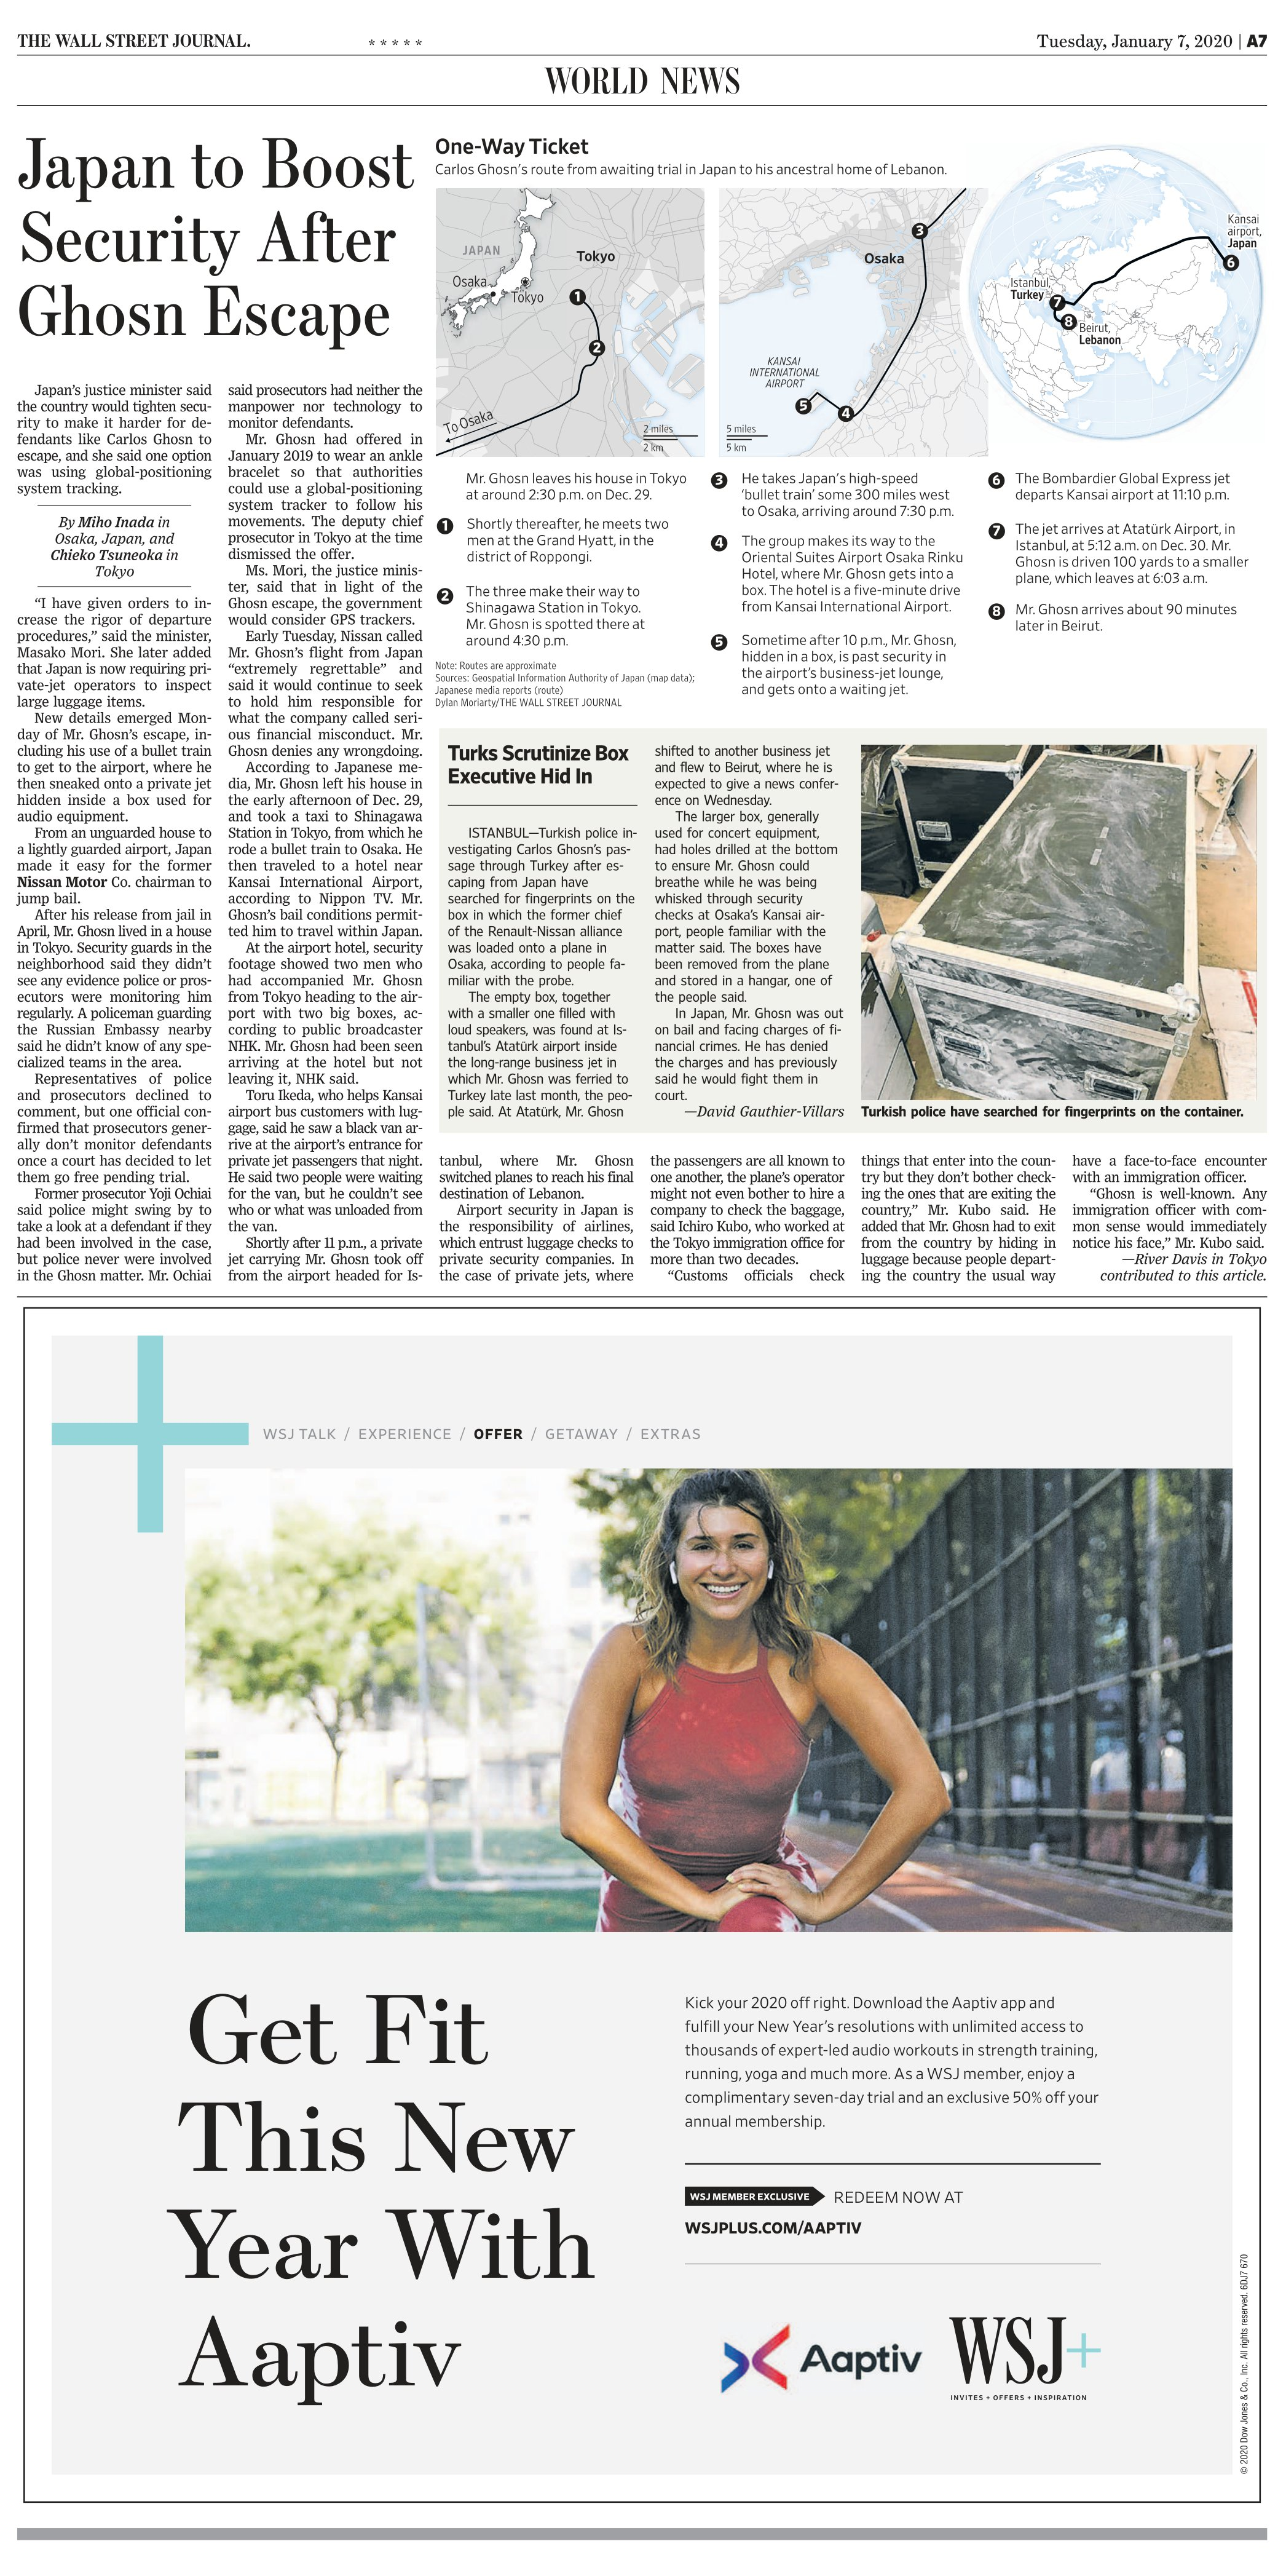
Language: en